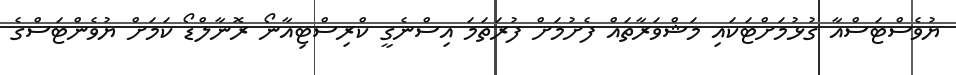
ޔުވެސްޓަސްއާ ގުޅުމަށްޓަކައި މަޝްވަރާތައް ފެށުމަށް ފުރަތަމަ އިސްނެގީ ކްރިސްޓިއާނޯ ރޮނާލްޑޯ ކަމަށް ޔުވެންޓަސްގެ